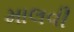
માલવી